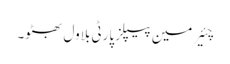
چئیرمین پیپلز پارٹی بلاول بھٹو۔